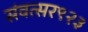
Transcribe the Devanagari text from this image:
संवत्सर९२३